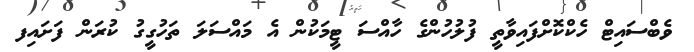
ވެބްސައިޓް ހެކްކޮށްފައިވާތީ ފުލުހުންގެ ހާއްސަ ޓީމަކުން އެ މައްސަލަ ތަހުގީގު ކުރަން ފަށައިފ